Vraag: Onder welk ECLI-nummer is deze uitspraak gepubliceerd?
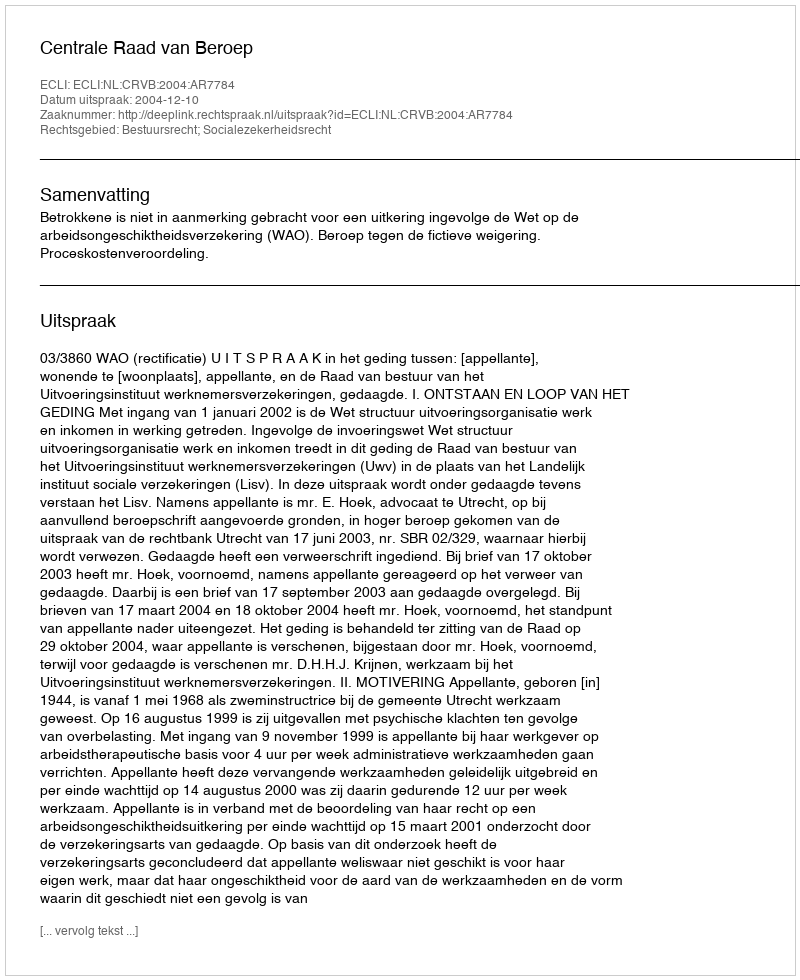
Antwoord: ECLI:NL:CRVB:2004:AR7784